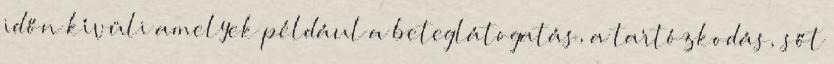
időn kívüli amelyek például a beteglátogatás, a tartózkodás, sőt